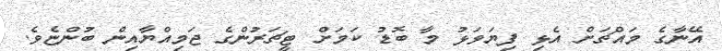
އޭނާގެ މައްޗަށް އެޅި ފިޔަވަޅު މާ ބޮޑު ކަމަށް ޓީޗަރުންގެ ޖަމިއްޔާއިން ބުންޏެވެ.